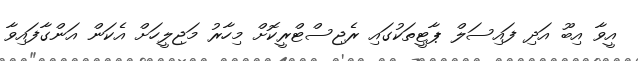
އީވާ އިބޫ އަދި ފައިސަލް ޕާޓީތަކުގައި ރެޖިސްޓްރީކޮށް މިހާރު މަޖިލީހަށް އެކަން އަންގާފައިވާ